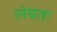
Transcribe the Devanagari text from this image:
लंबतः